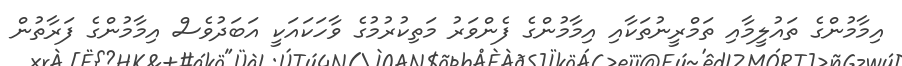
އިމާމުންގެ ތައުލީމާއި ތަމްރީނުތަކާއި އިމާމުންގެ ފެންވަރު މަތިކުރުމުގެ ވާހަކައަކީ އަބަދުވެސް އިމާމުންގެ ފަރާތުން